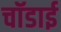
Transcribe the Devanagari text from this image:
चॉडाई